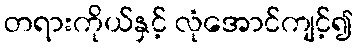
တရားကိုယ်နှင့် လုံအောင်ကျင့်၍